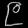
Digit: ၉